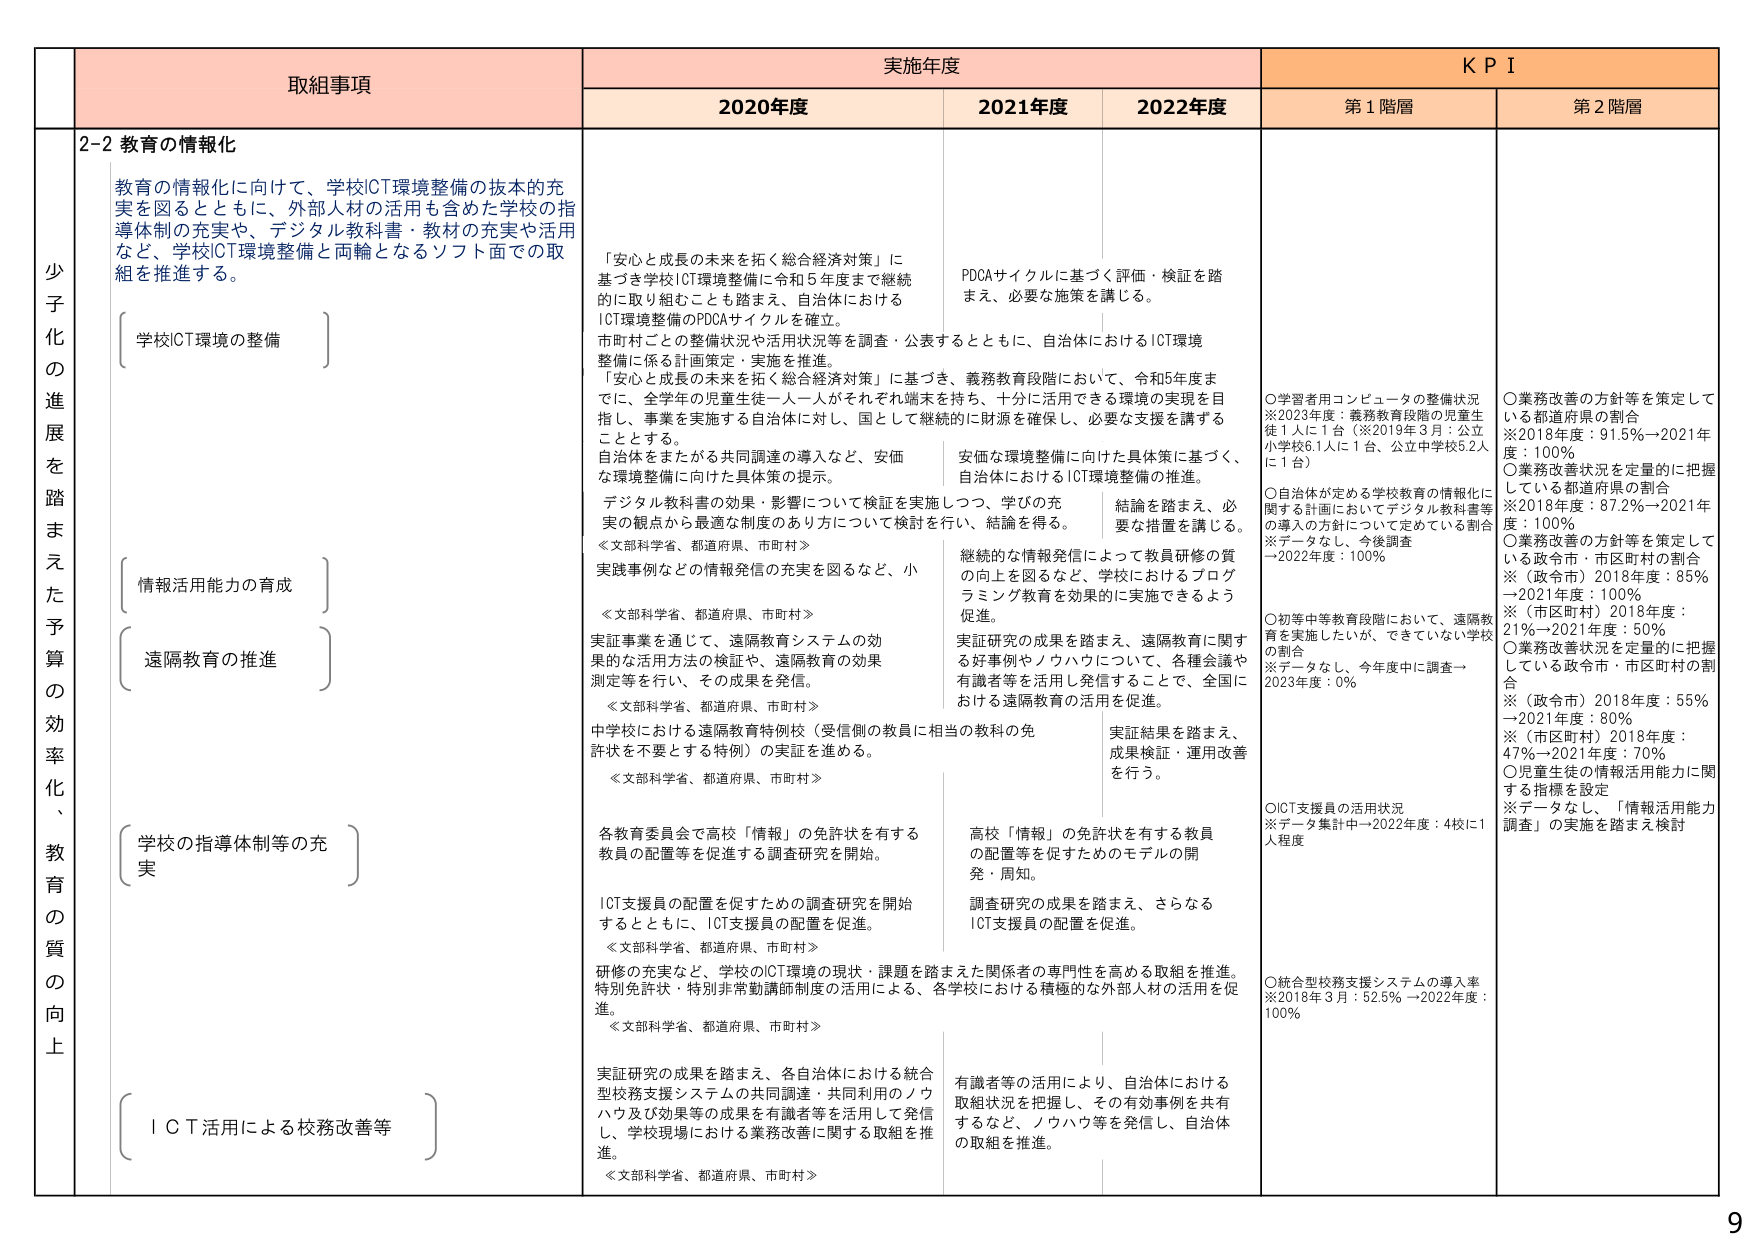
少子化の進展を踏まえた予算の効率化、教育の質の向上

取組事項

2-2 教育の情報化

教育の情報化に向けて、学校ICT環境整備の技術的充実を図るとともに、外部人材の活用も含めた学校の指導体制の充実や、デジタル教科書・教材の充実や活用など、学校ICT環境整備と両輪となるソフト面での取組を推進する。

（学校ICT環境の整備）

（情報活用能力の育成）

（遠隔教育の推進）

（学校の指導体制等の充実）

（ＩＣＴ活用による校務改善等）

実施年度

2020年度

「安心と成長の未来を拓く総合経済対策」に基づき学校ICT環境整備に令和5年度まで継続的に取り組むことも踏まえ、自治体におけるICT環境整備のPDCAサイクルを確立。

市町村ごとの整備状況や活用状況等を調査・公表するとともに、自治体におけるICT環境整備に係る計画策定・実施を推進。

「安心と成長の未来を拓く総合経済対策」に基づき、義務教育段階において、令和5年度までに、全学年の児童生徒一人一人がそれぞれ端末を持ち、十分に活用できる環境の実現を目指し、事業を実施する自治体に対し、国として継続的に財源を確保し、必要な支援を講ずることとする。

自治体をまたがる共同調達の導入など、安価な環境整備に向けた具体策の提示。

デジタル教科書の効果・影響について検証を実施しつつ、学びの充実の観点から最適な制度のあり方について検討を行い、結論を得る。

≪文部科学省、都道府県、市町村≫

実践事例などの情報発信の充実を図るなど、小

≪文部科学省、都道府県、市町村≫

実証事業を通じて、遠隔教育システムの効果的な活用方法の検証や、遠隔教育の効果測定等を行い、その成果を発信。

≪文部科学省、都道府県、市町村≫

中学校における遠隔教育特例校（受信側の教員に相当の教員の免許状を不要とする特例）の実証を進める。

≪文部科学省、都道府県、市町村≫

各教育委員会で高校「情報」の免許状を有する教員の配置等を促進する調査研究を開始。

ICT支援員の配置を促すための調査研究を開始するとともに、ICT支援員の配置を促進。

≪文部科学省、都道府県、市町村≫

研修の充実など、学校のICT環境の現状・課題を踏まえた関係者の専門性を高める取組を推進。特別免許状・特別非常勤講師制度の活用による、各学校における積極的な外部人材の活用を促進。

≪文部科学省、都道府県、市町村≫

実証研究の成果を踏まえ、各自治体における統合型校務支援システムの共同調達・共同利用のノウハウ及び効果等の成果を有識者等を活用して発信し、学校現場における業務改善に関する取組を推進。

≪文部科学省、都道府県、市町村≫

2021年度

PDCAサイクルに基づく評価・検証を踏まえ、必要な施策を講じる。

安価な環境整備に向けた具体策に基づく、自治体におけるICT環境整備の推進。

結論を踏まえ、必要な措置を講じる。

継続的な情報発信によって教員研修の質の向上を図るなど、学校におけるプログラミング教育を効果的に実施できるよう促進。

実証研究の成果を踏まえ、遠隔教育に関する好事例やノウハウについて、各種会議や有識者等を活用し発信することで、全国における遠隔教育の活用を促進。

実証結果を踏まえ、成果検証・運用改善を行う。

高校「情報」の免許状を有する教員の配置等を促すためのモデルの開発・周知。

調査研究の成果を踏まえ、さらなるICT支援員の配置を促進。

有識者等の活用により、自治体における取組状況を把握し、その有効事例を共有するなど、ノウハウ等を発信し、自治体の取組を推進。

2022年度

KPI

第1階層

○学習者用コンピュータの整備状況
※2023年度：義務教育段階の児童生徒1人に1台（※2019年3月：公立小学校6.1人に1台、公立中学校5.2人に1台）

○自治体が定める学校教育の情報化に関する計画においてデジタル教科書等の導入の方針について定めている割合
※データなし、今後調査
→2022年度：100%

○初等中等教育段階において、遠隔教育を実施したが、できていない学校の割合
※データなし、今年度中に調査→2023年度：0%

○ICT支援員の活用状況
※データ集計中→2022年度：4校に1人程度

○統合型校務支援システムの導入率
※2018年3月：52.5% →2022年度：100%

第2階層

○業務改善の方針等を策定している都道府県の割合
※2018年度：91.5%→2021年度：100%

○業務改善状況を定量的に把握している都道府県の割合
※2018年度：87.2%→2021年度：100%

○業務改善の方針等を策定している政令市・市区町村の割合
※（政令市）2018年度：85% →2021年度：100%
※（市区町村）2018年度：21%→2021年度：50%

○業務改善状況を定量的に把握している政令市・市区町村の割合
※（政令市）2018年度：55% →2021年度：80%
※（市区町村）2018年度：47%→2021年度：70%

○児童生徒の情報活用能力に関する指標を設定
※データなし、「情報活用能力調査」の実施を踏まえ検討

9